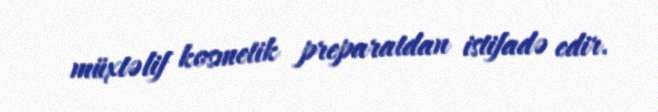
müxtəlif kosmetik preparatdan istifadə edir.